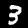
Digit: 3